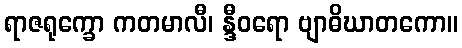
ရာဇရုက္ခော ကတမာလီ၊ န္ဒီဝရော ဗျာဓိဃာတကော။